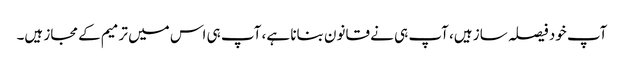
آپ خود فیصلہ ساز ہیں، آپ ہی نے قانون بنانا ہے، آپ ہی اس میں ترمیم کے مجاز ہیں۔